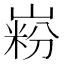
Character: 𪩋